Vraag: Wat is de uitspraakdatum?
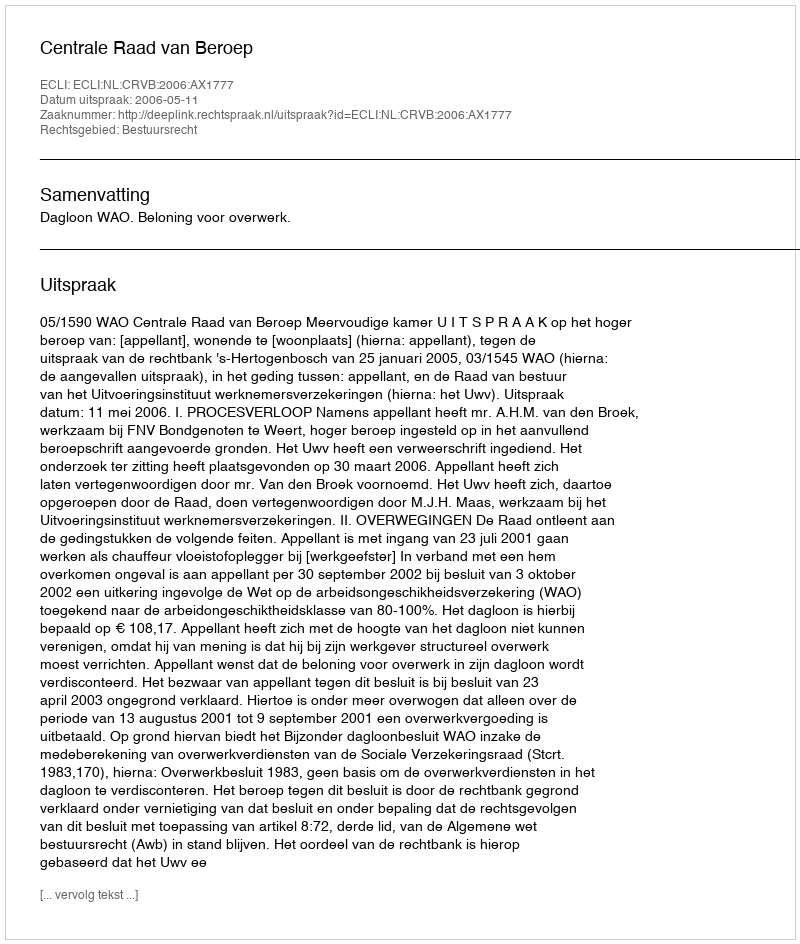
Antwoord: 2006-05-11